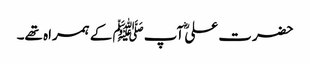
حضرت علیؓ آپﷺ کے ہمراہ تھے۔